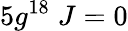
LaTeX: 5g^{18}\; J=0